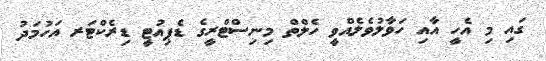
ގައި މި އެހީ އާއި ހަވާލުވެލެއްވީ ހެލްތް މިނިސްޓްރީގެ ޑެޕިއުޓީ ޑިރެކްޓަރ އަހުމަދު